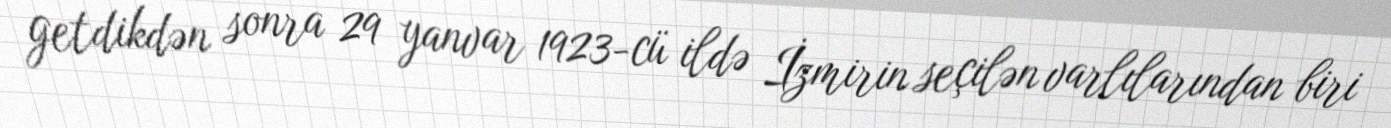
getdikdən sonra 29 yanvar 1923-cü ildə İzmirin seçilən varlılarından biri